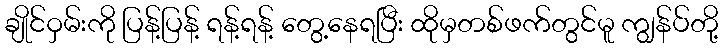
ချိုင်ဝှမ်းကို ပြန့်ပြန့် ရန့်ရန့် တွေ့နေရပြီး ထိုမှတစ်ဖက်တွင်မူ ကျွန်ပ်တို့